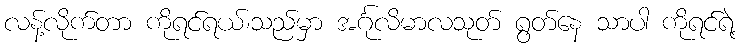
လန့်လိုက်တာ ကိုရင်ရယ်၊သည်မှာ အင်္ဂုလိမာလသုတ် ရွတ်နေ သာပါ ကိုရင်ရဲ့